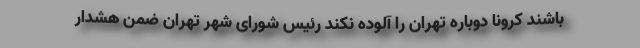
باشند کرونا دوباره تهران را آلوده نکند رئیس شورای شهر تهران ضمن هشدار